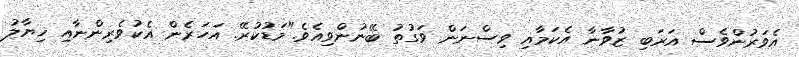
އެވަރުންވެސް އަރަބި ޒުވާނާ އެކަމާއި ވިސްނަން ވަގުތު ބޭނުންވިއެވެ."މަޑުކުރޭ. އަހަރެން އެކުވެރިންނާއި ޚިޔާލު